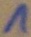
Text: 1